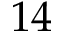
1 4